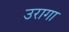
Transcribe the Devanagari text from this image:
उरागा